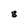
Character: 8